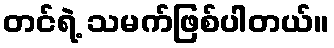
တင်ရဲ့ သမက်ဖြစ်ပါတယ်။